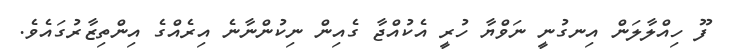
ފޫ ހިއްލާލަން އިނގުނީ ނަވްޔާ ހުރީ އެކުއްޖާ ގެއިން ނިކުންނާނެ އިރެއްގެ އިންތިޒާރުގައެވެ.